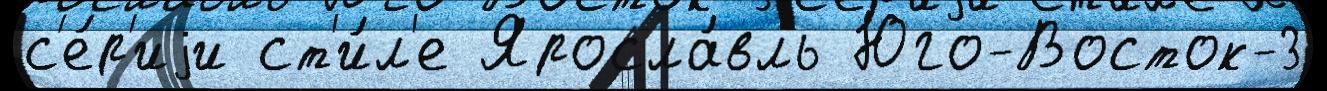
с'е́р'иjи ст'и́л'е Яросла́вль Юго-Восток-3